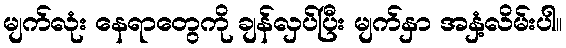
မျက်လုံး နေရာတွေကို ချန်လှပ်ပြီး မျက်နှာ အနှံ့လိမ်းပါ။